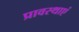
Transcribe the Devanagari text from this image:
प्रावस्थाएं